Theory and practice of anti-rabic immunisation - Number 30
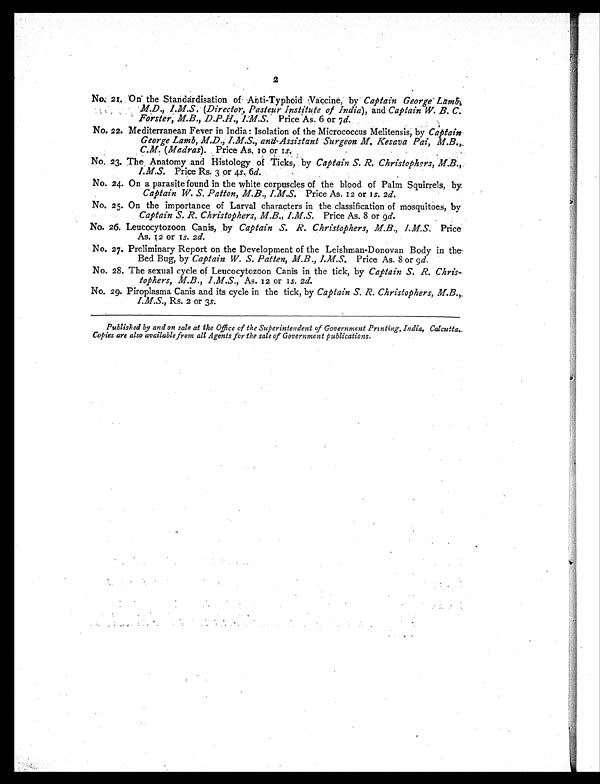
2
No. 21. On the Standardisation of Anti-Typhoid Vaccine, by Captain George
Lamb, M.D., I.M.S. (Director, Pasteur Institute of India), and Captain W. B. C.
Forster, M.B.,D.P.H., I.M.S. Price As. 6 or 7 d.
No. 22. Mediterranean Fever in India: Isolation of the Micrococcus Melitensis, by Captain
George Lamb, M.D., I.M.S., and Assistant Surgeon M. Kesava Pai, M.B.,
C.M. (Madras). Price As. 10 or 1s.
No. 23. The Anatomy and Histology of Ticks, by Captain S. R. Christophers, M.B.,
I.M.S. Price Rs. 3 or 4s. 6d.
No. 24. On a parasite found in the white corpuscles of the blood of Palm Squirrels, by
Captain W. S. Patton, M.B., I.M.S. Price As. 12 or 1s. 2d.
No. 25. On the importance of Larval characters in the classification of mosquitoes, by
Captain S. R. Christophers, M.B., I.M.S. Price As. 8 or 9 d.
No. 26. Leucocytozoon Canis, by Captain S. R. Christophers, M.B., I.M.S. Price
As. 12 or 1s. 2d.
No. 27. Preliminary Report on the Development of the Leishman-Donovan Body in the
Bed Bug, by Captain W. S. Patten, M.B., I.M.S. Price As. 8 or 9d.
No. 28. The sexual cycle of Leucocytozoon Canis in the tick, by Captain S. R. Chris-
tophers, M.B., I.M.S., As. 12 or 1s. 2d.
No. 29. Piroplasma Canis and its cycle in the tick, by Captain S. R. Christophers
, M.B., I.M.S., Rs. 2 or 3s.
Published by and on sale at the Office of the Superintendent of Government Printing, India, Calcutta.
Copies are also available from all Agents for the sale of Government publications.